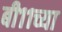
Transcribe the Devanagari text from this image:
बी११च्या